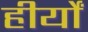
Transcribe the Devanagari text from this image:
हीर्यों